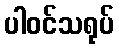
ပါဝင်သရုပ်